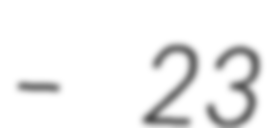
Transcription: – 23